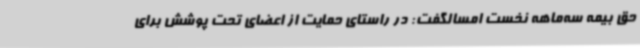
حق بیمه سه‌ماهه نخست امسالگفت: در راستای حمایت از اعضای تحت پوشش برای